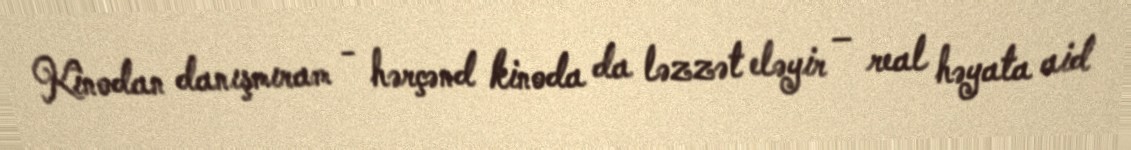
Kinodan danışmıram - hərçənd kinoda da ləzzət eləyir – real həyata aid